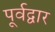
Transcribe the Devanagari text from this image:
पूर्वद्वार